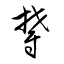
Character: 鬱